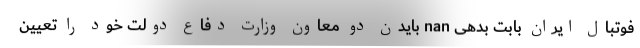
فوتبال ایران بابت بدهی nan بایدن دو معاون وزارت دفاع دولت خود را تعیین